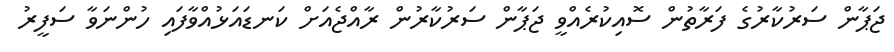
ޖަޕާން ސަރުކާރުގެ ފަރާތުން ސޮއިކުރެއްވީ ޖަޕާން ސަރުކާރުން ރާއްޖެއަށް ކަނޑައަޅުއްވާފައި ހުންނަވާ ސަފީރު